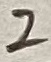
Text: 2